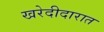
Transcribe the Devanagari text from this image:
खरेदीदारात